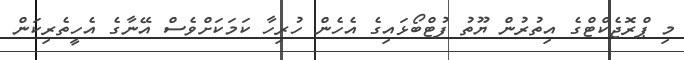
މި ޕްރޮޖެކްޓްގެ އިތުރުން ޔޫތު ފުޓްބޯޅައިގެ އެހެން ހުރިހާ ކަމަކަށްވެސް އޭނާގެ އެހީތެރިކަން